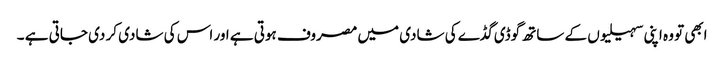
ابھی تو وہ اپنی سہیلیوں کے ساتھ گوڈی گڈے کی شادی میں مصروف ہوتی ہے اور اس کی شادی کر دی جاتی ہے ۔